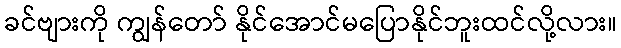
ခင်ဗျားကို ကျွန်တော် နိုင်အောင်မပြောနိုင်ဘူးထင်လို့လား။